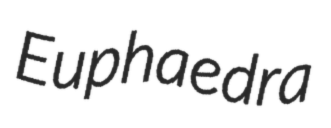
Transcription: Euphaedra